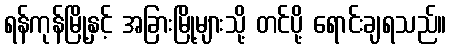
ရန်ကုန်မြို့နှင့် အခြားမြို့များသို့ တင်ပို့ ရောင်းချရသည်။